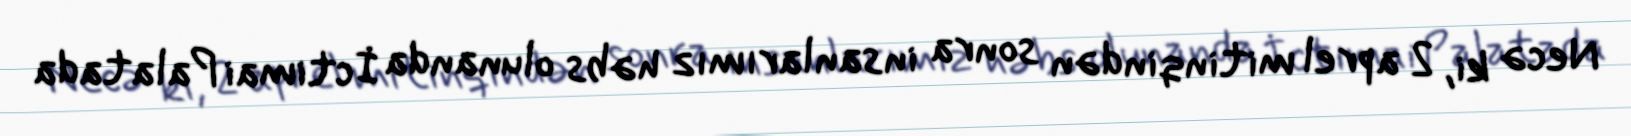
Necə ki, 2 aprel mitinqindən sonra insanlarımız həbs olunanda İctimai Palatada